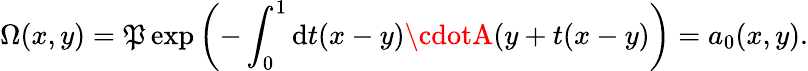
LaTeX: \Omega(x,y)=\mathfrak{P}\exp\left(-\int_{0}^{1}\mathrm{{d}}t(x-y)\cdotA(y+t(x-y)\right)=a_{0}(x,y).